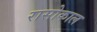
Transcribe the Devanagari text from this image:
रासोकाल